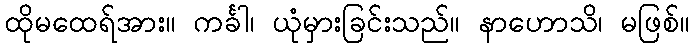
ထိုမထေရ်အား။ ကင်္ခါ၊ ယုံမှားခြင်းသည်။ နာဟောသိ၊ မဖြစ်။